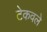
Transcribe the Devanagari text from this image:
टेकवले